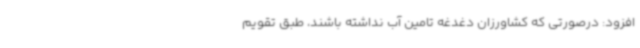
افزود: درصورتی که کشاورزان دغدغه تامین آب نداشته باشند، طبق تقویم